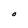
Character: O